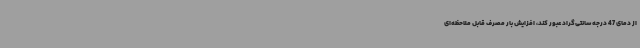
از دمای 47 درجه سانتی‌گراد عبور کند، افزایش بار مصرف قابل ملاحظه‌ای